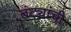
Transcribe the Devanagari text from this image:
तंट्यांची